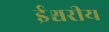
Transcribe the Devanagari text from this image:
ईश्चरीय